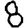
Digit: 8